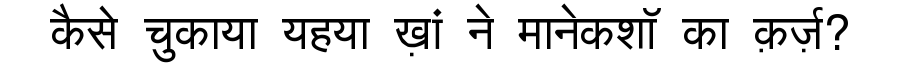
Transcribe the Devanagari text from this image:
कैसे चुकाया यहया ख़ां ने मानेकशॉ का क़र्ज़?